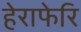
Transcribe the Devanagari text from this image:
हेराफेरि